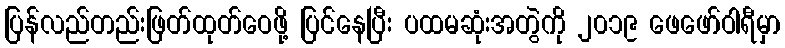
ပြန်လည်တည်းဖြတ်ထုတ်ဝေဖို့ ပြင်နေပြီး ပထမဆုံးအတွဲကို ၂၀၁၉ ဖေဖော်ဝါရီမှာ